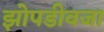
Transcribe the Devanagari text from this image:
झोपडीवजा